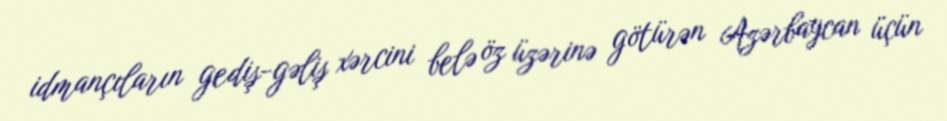
idmançıların gediş-gəliş xərcini belə öz üzərinə götürən Azərbaycan üçün